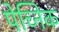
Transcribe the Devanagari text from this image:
पेच्निक